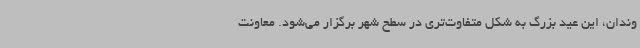
وندان، این عید بزرگ به شکل متفاوت‌تری در سطح شهر برگزار می‌شود. معاونت